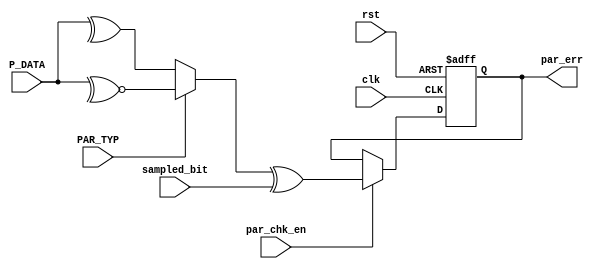
module parity_Check #(
    parameter data_width =8
) (
    input wire                  clk                     ,
    input wire                  rst                     ,
    input wire [data_width-1:0] P_DATA                  ,
    input wire                  par_chk_en              ,
    input wire                  sampled_bit             ,
    input wire                  PAR_TYP                 ,
    output reg                  par_err                
);
 reg parity ;

always @(*) begin
    if (PAR_TYP=='b0) begin
        parity=^P_DATA ;
    end else begin
        parity=~^P_DATA;
    end
    
end
always @(posedge clk or negedge rst ) begin
    if (!rst) begin
        par_err<='b0;
    end else if (par_chk_en) begin
        par_err<=parity^sampled_bit;
    end
    

end
endmodule